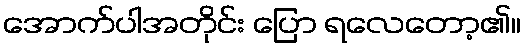
အောက်ပါအတိုင်း ပြော ရလေတော့၏။